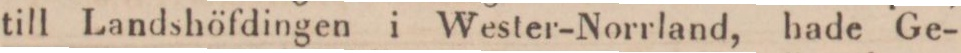
till Landshöfdingen i Wester-Norrland, hade Ge-